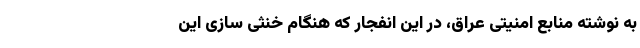
به نوشته منابع امنیتی عراق، در این انفجار که هنگام خنثی سازی این